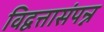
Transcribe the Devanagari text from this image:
विद्वत्तासंपन्न